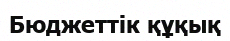
Бюджеттік құқық